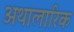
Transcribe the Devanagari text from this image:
अथालारिक